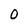
Character: O